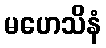
မဟေသိနံ